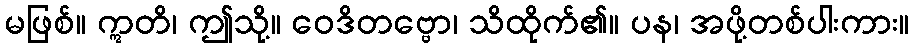
မဖြစ်။ ဣတိ၊ ဤသို့။ ဝေဒိတဗ္ဗော၊ သိထိုက်၏။ ပန၊ အဖို့တစ်ပါးကား။